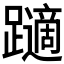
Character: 𲄏